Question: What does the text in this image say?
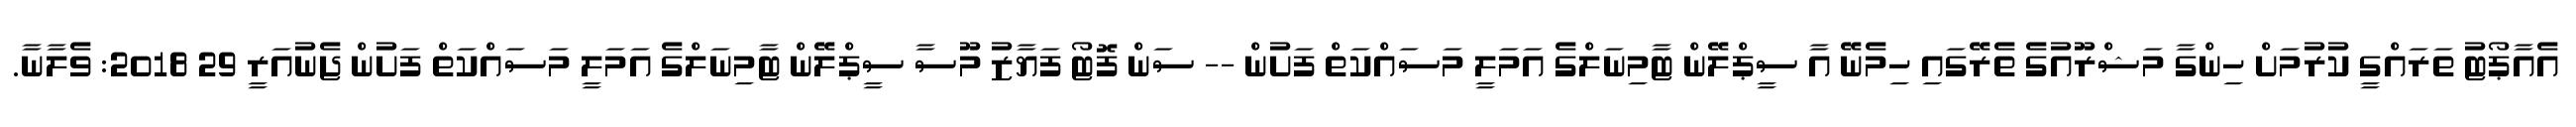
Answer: އެއާޕޯޓު ތަރައްގީ ކުރުމަށް ހިންގާ މަޝްރޫއުގެ ތެރޭގައި ހިމެނޭ އާ ސީޕްލޭން ޓާމިނަލްގެ އަމަލީ މަސައްކަތް ފަށުން -- ސަން ފޮޓޯ ފަޔާޒު މޫސާ ސީޕްލޭން ޓާމިނަލްގެ އަމަލީ މަސައްކަތް ފަށުން ޖެނުއަރީ 29 2018: ވެލާނާ.